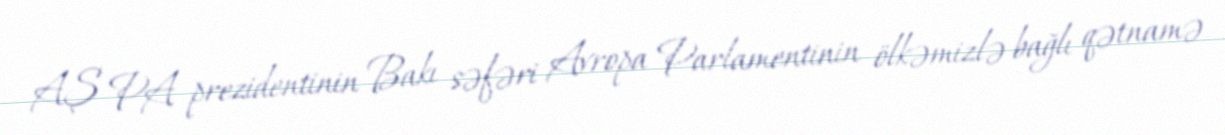
AŞ PA prezidentinin Bakı səfəri Avropa Parlamentinin ölkəmizlə bağlı qətnamə